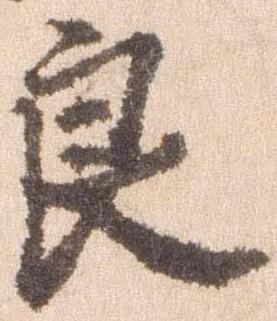
良